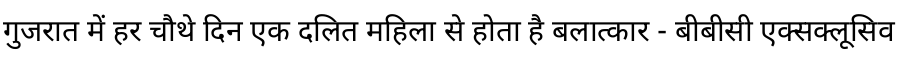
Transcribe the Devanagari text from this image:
गुजरात में हर चौथे दिन एक दलित महिला से होता है बलात्कार - बीबीसी एक्सक्लूसिव